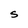
Character: S